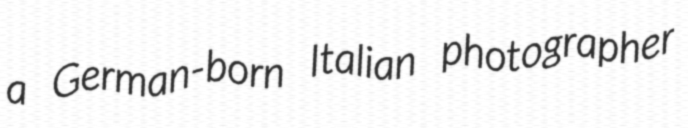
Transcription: a German-born Italian photographer